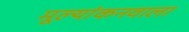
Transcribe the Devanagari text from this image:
मूल्यांकनवाला